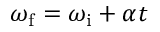
\omega _ { \mathrm { f } } = \omega _ { \mathrm { i } } + \alpha t